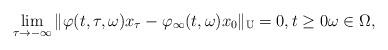
LaTeX: \begin{align*}\lim_{\tau\to-\infty}\|\varphi(t,\tau,\omega)x_{\tau}-\varphi_{\infty}(t,\omega)x_0\|_{\mathbb{U}}=0, t\geq 0 \omega\in\Omega,\end{align*}